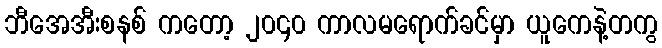
ဘီအေအီးစနစ် ကတော့ ၂၀၄၀ ကာလမရောက်ခင်မှာ ယူကေနဲ့တကွ